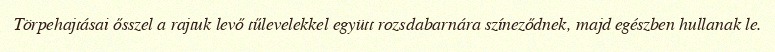
Törpehajtásai ősszel a rajtuk levő tűlevelekkel együtt rozsdabarnára színeződnek, majd egészben hullanak le.